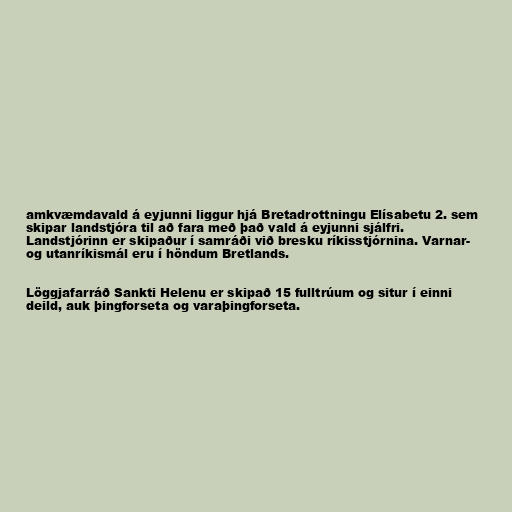
amkvæmdavald á eyjunni liggur hjá Bretadrottningu Elísabetu 2. sem
skipar landstjóra til að fara með það vald á eyjunni sjálfri.
Landstjórinn er skipaður í samráði við bresku ríkisstjórnina. Varnar-
og utanríkismál eru í höndum Bretlands.

Löggjafarráð Sankti Helenu er skipað 15 fulltrúum og situr í einni
deild, auk þingforseta og varaþingforseta.